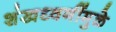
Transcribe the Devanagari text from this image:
शंखध्वनींमुळे